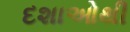
દશાઓથી